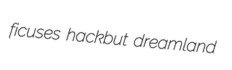
ficuses hackbut dreamland